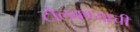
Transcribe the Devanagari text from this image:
टोलवण्याची